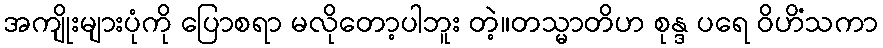
အကျိုးများပုံကို ပြောစရာ မလိုတော့ပါဘူး တဲ့။တသ္မာတိဟ စုန္ဒ ပရေ ဝိဟိံသကာ